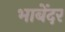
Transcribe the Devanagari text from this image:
भाबेंदर